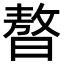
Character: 𣊁